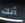
أنك